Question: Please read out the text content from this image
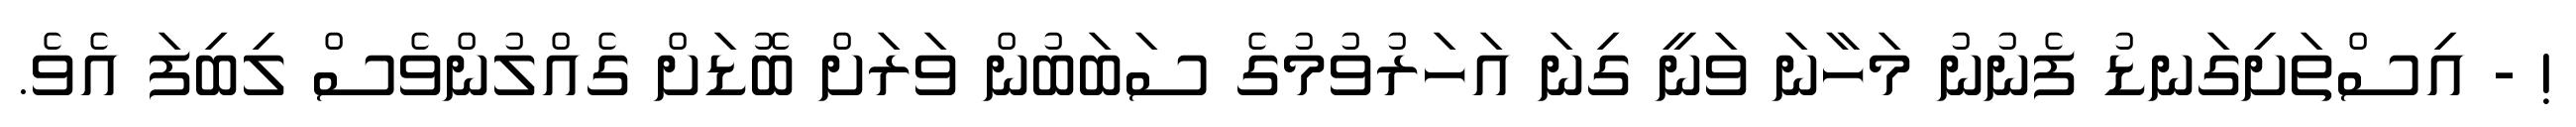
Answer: ! - އިސްތަށިގަނޑު ފެނުނު މަހާނަ ވަނީ ގިނަ އަހަރުވުމުގެ ސަބަބުން ވަރަށް ބޮޑަށް ގެއްލުންވެސް ލިބިފަ އެވެ.